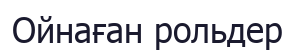
Ойнаған рольдер